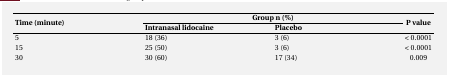
| <ROWSPAN=2> Time (minute) | <COLSPAN=2> Group n (%) | <ROWSPAN=2> P value |
 | Intranasal lidocaine | Placebo |
 | --- | --- | --- | --- |
 | 5 | 18 (36) | 3 (6) | < 0.0001 |
 | 15 | 25 (50) | 3 (6) | < 0.0001 |
 | 30 | 30 (60) | 17 (34) | 0.009 |